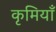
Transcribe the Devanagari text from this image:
कृमियाँ